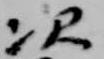
次